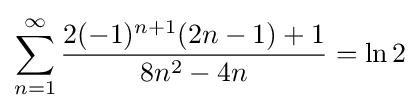
\sum _{n=1}^{\infty }{\frac {2(-1)^{n+1}(2n-1)+1}{8n^{2}-4n}}=\ln 2